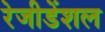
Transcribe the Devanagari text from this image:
रेजीडेंशल